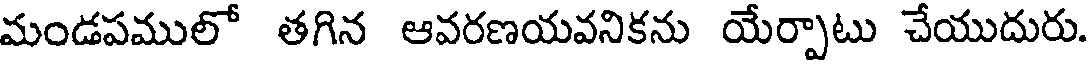
మండపములో తగిన ఆవరణయవనికను యేర్పాటు చేయుదురు.